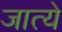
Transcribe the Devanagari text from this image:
जात्ये